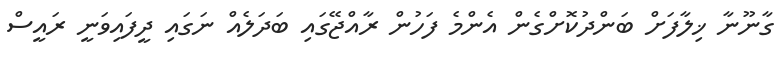
ގާނޫނާ ޚިލާފަށް ބަންދުކޮށްގެން އެންމެ ފަހުން ރާއްޖޭގައި ބަދަލެއް ނަގައި ދީފައިވަނީ ރައީސް